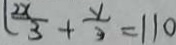
( \frac { 2 x } { 3 } + \frac { y } { 3 } = 1 1 0